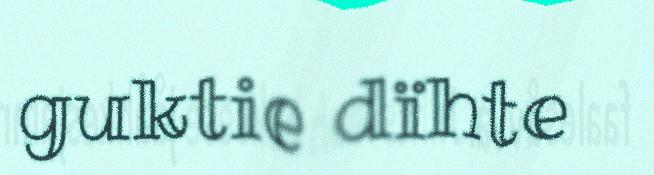
guktie dïhte